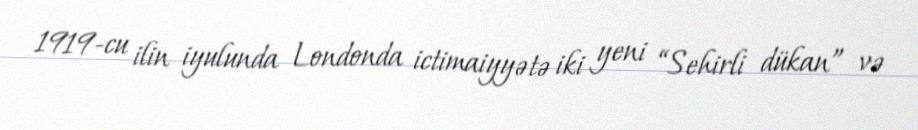
1919-cu ilin iyulunda Londonda ictimaiyyətə iki yeni “Sehirli dükan” və